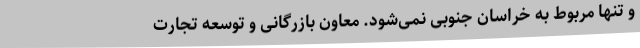
و تنها مربوط به خراسان جنوبی نمی‌شود. معاون بازرگانی و توسعه تجارت